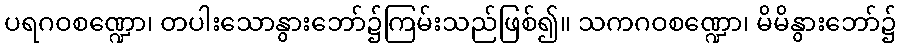
ပရဂဝစဏ္ဍော၊ တပါးသောနွားဘော်၌ကြမ်းသည်ဖြစ်၍။ သကဂဝစဏ္ဍော၊ မိမိနွားဘော်၌